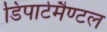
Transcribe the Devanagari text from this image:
डिपार्टमैण्टल